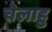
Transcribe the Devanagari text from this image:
चेलाहु